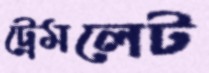
ট্রেমলেট